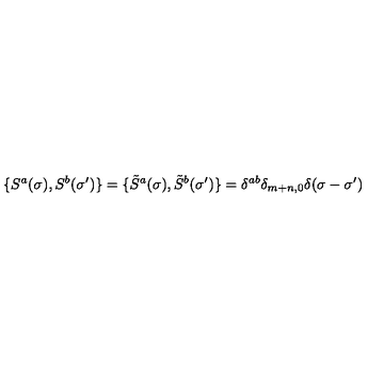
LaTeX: \{ S ^ { a } ( \sigma ) , S ^ { b } ( \sigma ^ { \prime } ) \} = \{ { \tilde { S } } ^ { a } ( \sigma ) , { \tilde { S } } ^ { b } ( \sigma ^ { \prime } ) \} = \delta ^ { a b } \delta _ { m + n , 0 } \delta ( \sigma - \sigma ^ { \prime } )